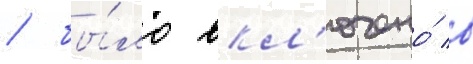
/ бы́ло вкл'ючено́ в